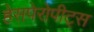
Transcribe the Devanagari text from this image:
हेसपेरोपीट्स